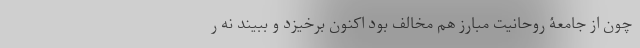
چون از جامعۀ روحانیت مبارز هم مخالف بود اکنون برخیزد و ببیند نه ر